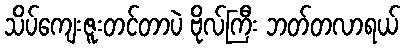
သိပ်ကျေးဇူးတင်တာပဲ ဗိုလ်ကြီး ဘတ်တလာရယ်